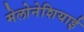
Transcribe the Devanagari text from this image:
मेलोनेशियाई